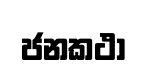
ජනකථා